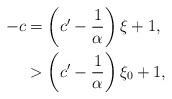
LaTeX: \begin{align*}-c & =\left(c'-\frac{1}{\alpha}\right)\xi+1,\\ & >\left(c'-\frac{1}{\alpha}\right)\xi_{0}+1, \end{align*}